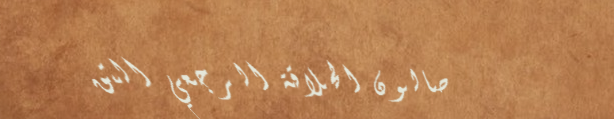
صالون الحلاقة الرجعي التق